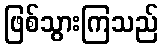
ဖြစ်သွားကြသည်